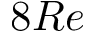
8 R e